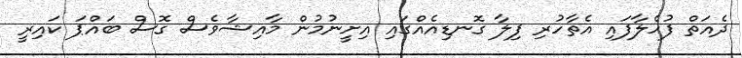
ދެއަތް ފުހެލާފައި އެތާހުރި ފިލާ ގޮނޑިއެއްގައި އިށީނުމުން މާއިޝާވެސް ގޮސް ބައްޕަ ކައިރީ